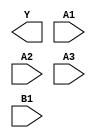
module sky130_fd_sc_hs__a31oi (
    Y ,
    A1,
    A2,
    A3,
    B1
);

    output Y ;
    input  A1;
    input  A2;
    input  A3;
    input  B1;

    // Voltage supply signals
    supply1 VPWR;
    supply0 VGND;

endmodule